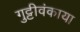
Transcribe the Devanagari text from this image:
गुट्टीवंकाया